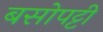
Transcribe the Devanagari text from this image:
बसोपट्टी